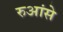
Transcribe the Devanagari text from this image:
रुआंसे